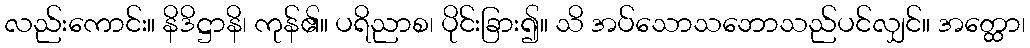
လည်းကောင်း။ နိဒိဋ္ဌာနိ၊ ကုန်၏။ ပရိညာစ၊ ပိုင်းခြား၍။ သိ အပ်သောသဘောသည်ပင်လျှင်။ အတ္ထော၊